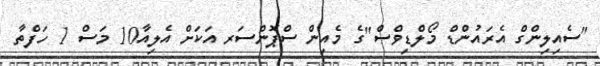
"ސެއިލިންގް އެރައުންޑް މޯލްޑިވްސް"ގެ މެއިން ސްޕޮންސަރ އަކަށް އެލިއާ10 މަސް 1 ހަފްތާ